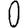
Digit: 0